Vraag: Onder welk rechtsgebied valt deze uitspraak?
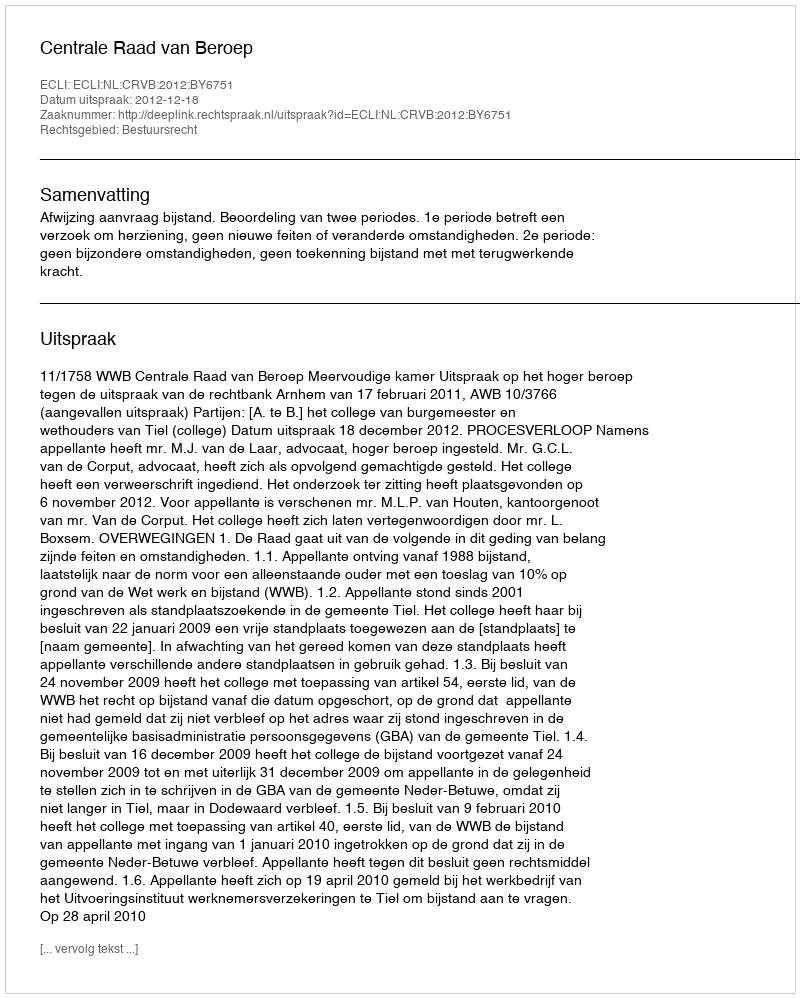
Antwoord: Bestuursrecht